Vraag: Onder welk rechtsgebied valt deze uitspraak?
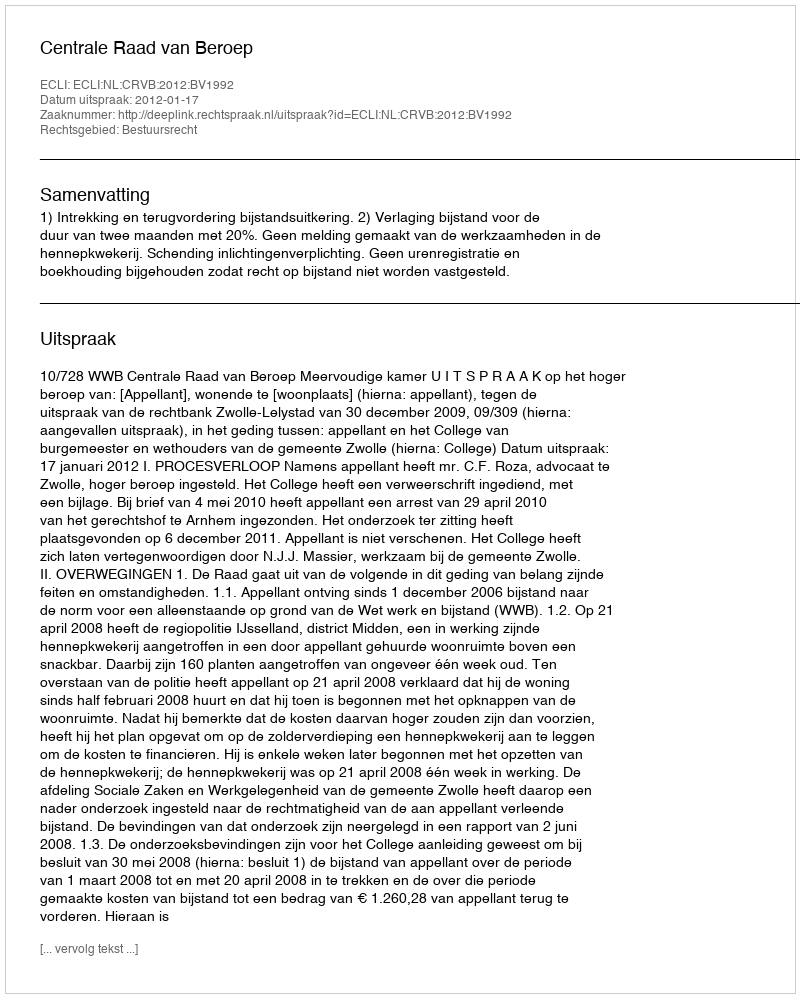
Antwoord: Bestuursrecht